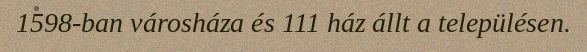
1598-ban városháza és 111 ház állt a településen.